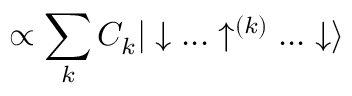
{ \propto \sum _ { k } C _ { k } | \downarrow . . . \uparrow ^ { ( k ) } . . . \downarrow \rangle }